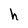
Character: h